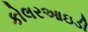
કોલરઆઇડી